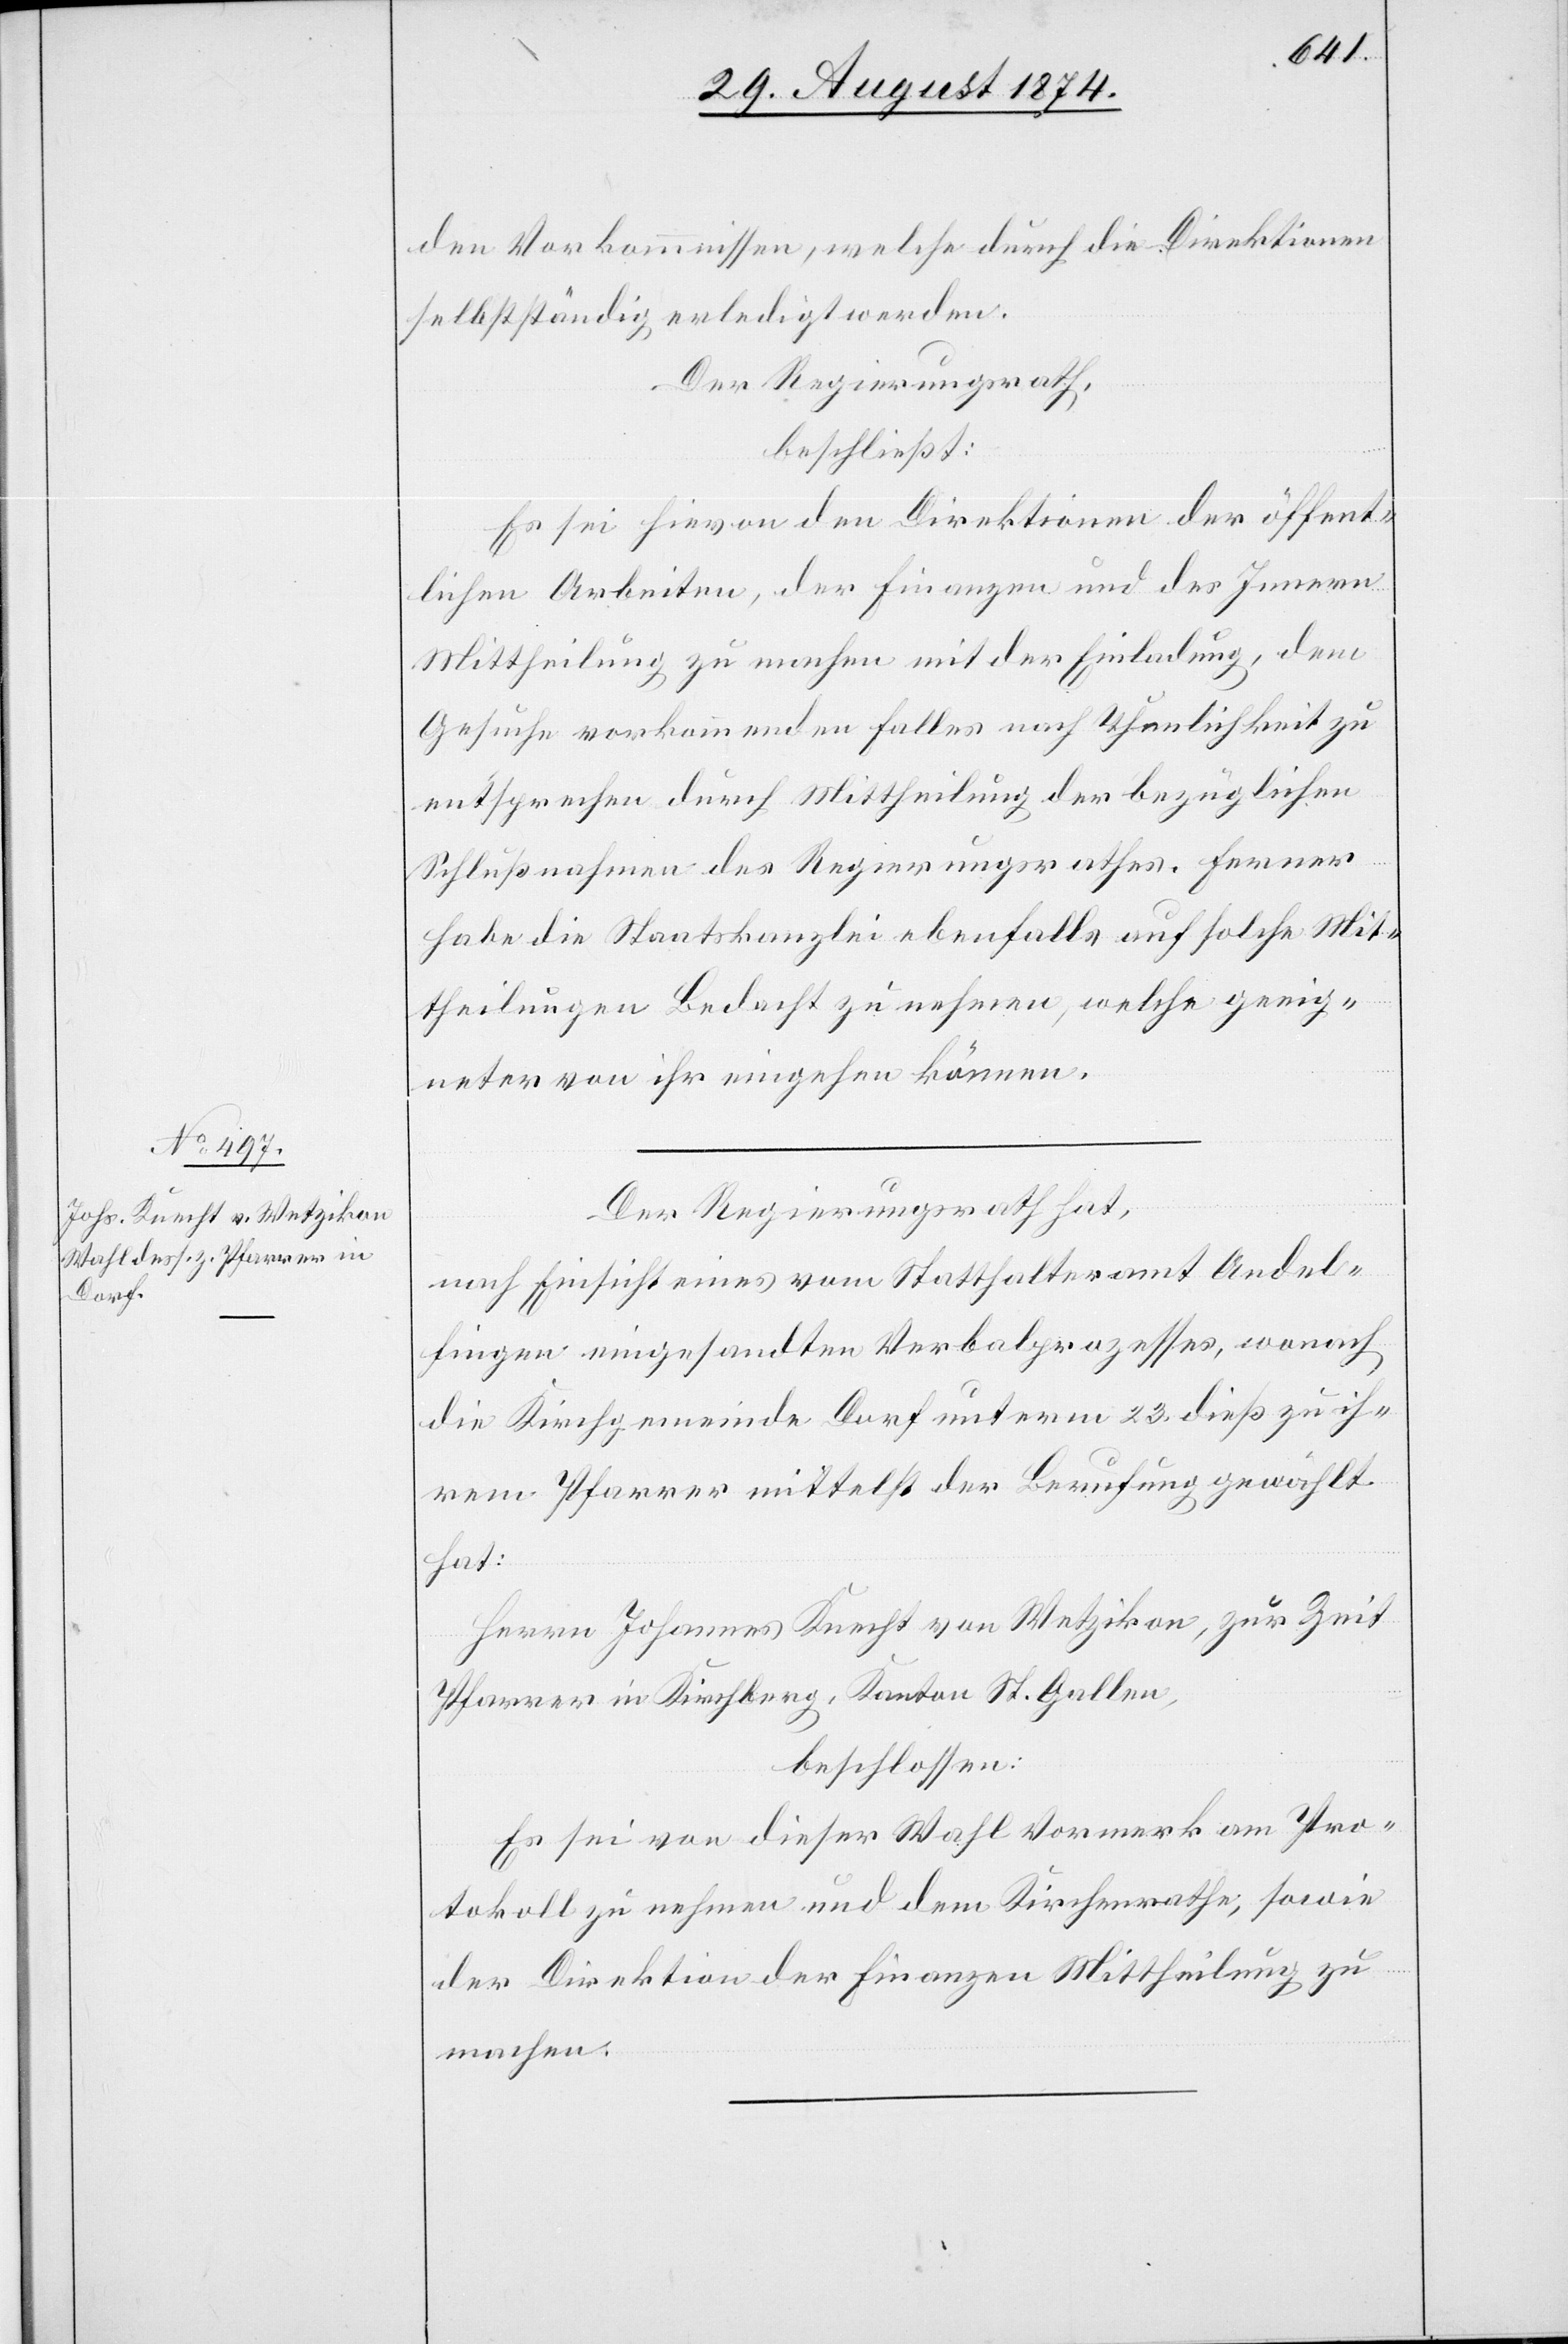
den Vorkommissen, welche durch die Direktionen
selbstständig erledigt werden.
Der Regierungsrath,
beschließt:
Es sei hievon den Direktionen der öffent¬
lichen Arbeiten, der Finanzen und des Innern
Mittheilung zu machen mit der Einladung, dem
Gesuche vorkommenden Falles nach Thunlichkeit zu
entsprechen durch Mittheilung der bezüglichen
Schlußnahmen des Regierungsrathes. Ferner
habe die Staatskanzlei ebenfalls auf solche Mit¬
theilungen Bedacht zu nehmen, welche geeig¬
neter von ihr eingehen können.
Der Regierungsrath hat,
nach Einsicht eines vom Statthalteramt Andel¬
fingen eingesandten Verbalprozesses, wonach
die Kirchgemeinde Dorf unterm 23. dieß zu ih¬
rem Pfarrer mittelst der Berufung gewählt
hat:
Herrn Johannes Knecht von Wetzikon, zur Zeit
Pfarrer in Kirchberg, Kanton St. Gallen,
beschlossen:
Es sei von dieser Wahl Vormerk am Pro¬
tokoll zu nehmen und dem Kirchenrathe, sowie
der Direktion der Finanzen Mittheilung zu
machen.